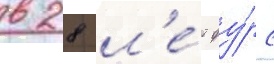
в 28 л'е́т фу́рс